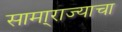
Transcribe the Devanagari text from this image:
सामा्राज्याचा